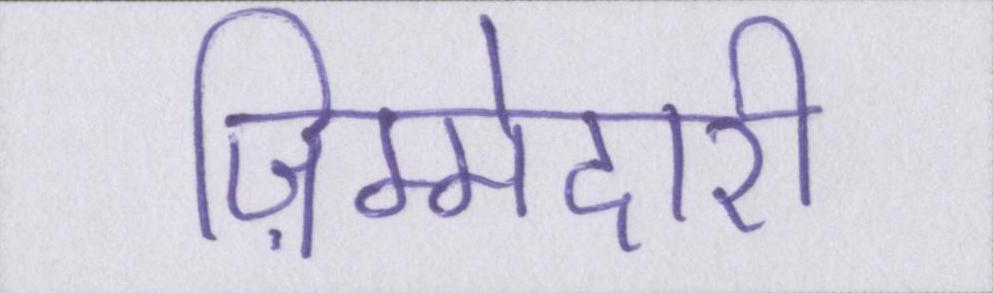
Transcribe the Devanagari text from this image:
ज़िम्मेदारी